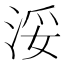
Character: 浽